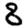
Digit: 8